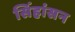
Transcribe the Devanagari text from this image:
सिंहांसन